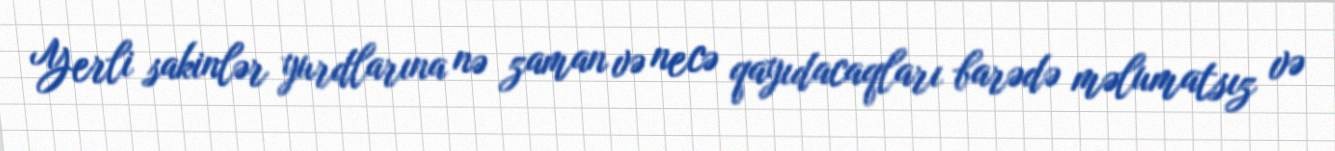
Yerli sakinlər yurdlarına nə zaman və necə qayıdacaqları barədə məlumatsız və